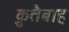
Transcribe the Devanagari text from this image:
क़ुतैबाह